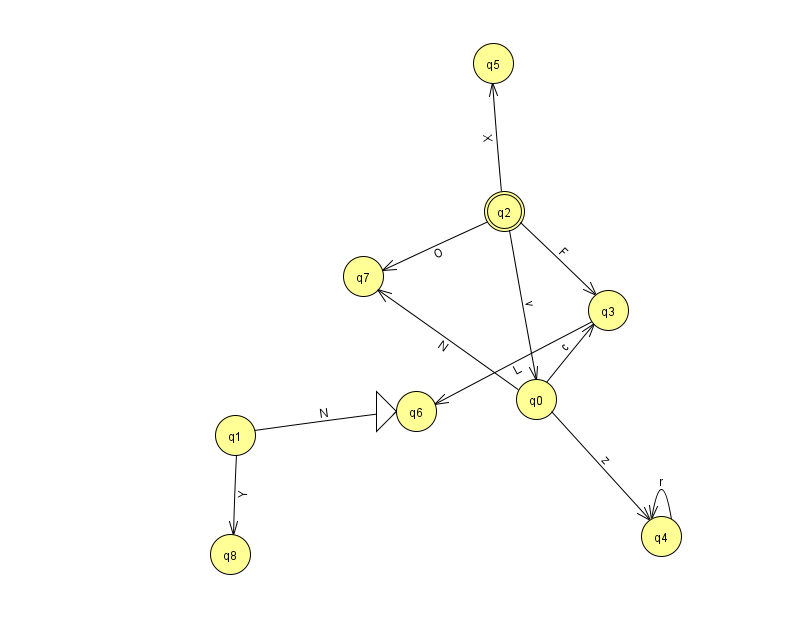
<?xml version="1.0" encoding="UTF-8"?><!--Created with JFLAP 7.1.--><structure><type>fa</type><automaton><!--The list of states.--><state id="0" name="q0"><x>536.0</x><y>386.0</y></state><state id="1" name="q1"><x>235.0</x><y>422.0</y></state><state id="2" name="q2"><x>504.0</x><y>198.0</y><final/></state><state id="3" name="q3"><x>608.0</x><y>297.0</y></state><state id="4" name="q4"><x>661.0</x><y>523.0</y></state><state id="5" name="q5"><x>493.0</x><y>50.0</y></state><state id="6" name="q6"><x>416.0</x><y>398.0</y><initial/></state><state id="7" name="q7"><x>363.0</x><y>263.0</y></state><state id="8" name="q8"><x>230.0</x><y>541.0</y></state><!--The list of transitions.--><transition><from>0</from><to>3</to><read>c</read></transition><transition><from>0</from><to>7</to><read>N</read></transition><transition><from>3</from><to>6</to><read>L</read></transition><transition><from>0</from><to>4</to><read>z</read></transition><transition><from>2</from><to>3</to><read>F</read></transition><transition><from>2</from><to>0</to><read>v</read></transition><transition><from>4</from><to>4</to><read>r</read></transition><transition><from>2</from><to>5</to><read>X</read></transition><transition><from>1</from><to>8</to><read>Y</read></transition><transition><from>2</from><to>7</to><read>O</read></transition><transition><from>1</from><to>6</to><read>N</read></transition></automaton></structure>